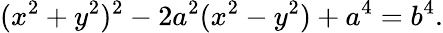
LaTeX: (x^{2}+y^{2})^{2}-2a^{2}(x^{2}-y^{2})+a^{4}=b^{4}.